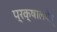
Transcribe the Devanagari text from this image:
प्रक्षालयेत्